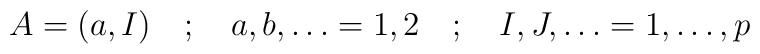
A=(a,I) \quad ; \quad a,b,\dots =1,2 \quad ; \quad I,J,\dots =1, \dots, p